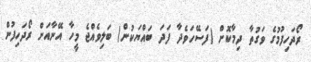
ރޯދަހިފުމުގެ ވަގުތާ ދިމާކޮށް (ފަސޭހަވެދާ ފަދަ ބައްޔަކުން) ބަލިވެއްޖެ މީހާ އޭނާއަށް ރޯދަހިފުން